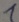
Text: 1